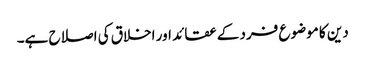
دین کا موضوع فرد کے عقائد اور اخلاق کی اصلاح ہے۔